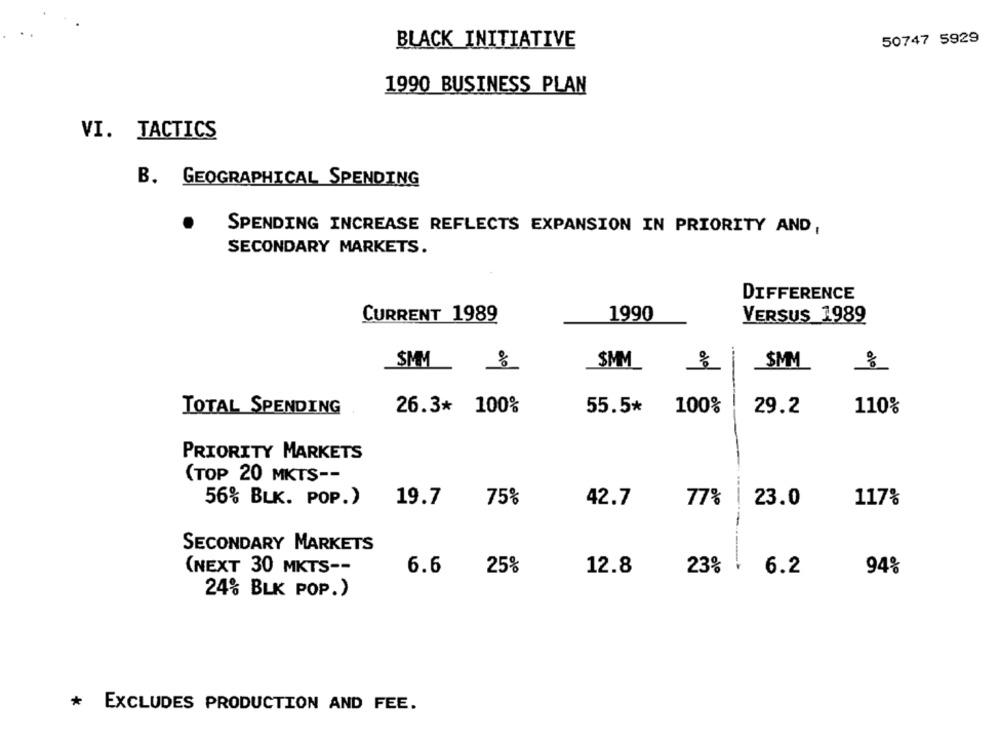
BLACK INITIATIVE
50747 5929
1990 BUSINESS PLAN
VI. TACTICS
B. GEOGRAPHICAL SPENDING
SPENDING INCREASE REFLECTS EXPANSION IN PRIORITY AND,
SECONDARY MARKETS.
DIFFERENCE
CURRENT 1989
1990
VERSUS 1989
SMM
SMM
:
SIM
29.2
TOTAL SPENDING
26.3* 100%
55.5*
100%
110%
PRIORITY MARKETS
(TOP 20 MKTS --
56% BLK. POP.)
19.7
75%
42.7
77%
23.0
117%
SECONDARY MARKETS
(NEXT 30 MKTS --
6.6
25%
12.8
23% !
----------.
6.2
94%
24% BLK POP.)
* EXCLUDES PRODUCTION AND FEE.